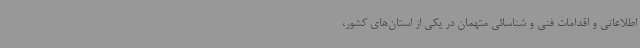
اطلاعاتی و اقدامات فنی و شناسائی متهمان در یکی از استان‌های کشور،